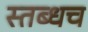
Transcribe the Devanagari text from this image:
स्तब्धच